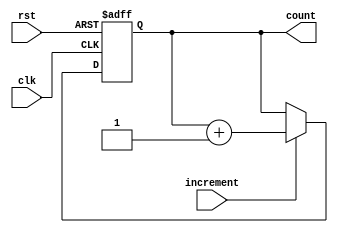
//Hayden Prater
//November 7, 2022
//Program Counter

`timescale 1ns/10ps

module program_c(clk, count, rst, increment);
input clk, increment, rst;
output reg [15:0] count;

always @(posedge rst or posedge clk)
    begin
    if(rst)
        count <= 16'b0000000000000000;
    else if (increment)
        count <= count + 1;
    end
endmodule